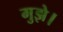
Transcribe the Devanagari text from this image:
मुझे।